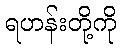
ရဟန်းတို့ကို